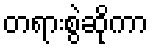
တရားစွဲဆိုကာ